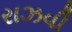
રાઝવી